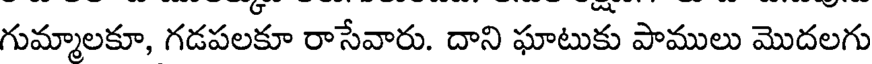
గుమ్మాలకూ, గడపలకూ రాసేవారు. దాని ఘాటుకు పాములు మొదలగు